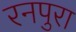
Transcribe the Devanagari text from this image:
रनपुरा